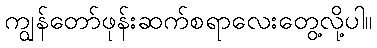
ကျွန်တော်ဖုန်းဆက်စရာလေးတွေ့လို့ပါ။